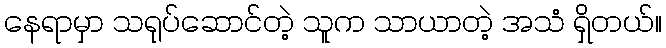
နေရာမှာ သရုပ်ဆောင်တဲ့ သူက သာယာတဲ့ အသံ ရှိတယ်။